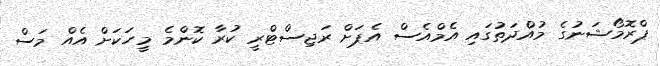
ޕްރޮމޯޝަނުގެ މުއްދަތުގައި އެމްއެސް އެޕަށް ރަޖިސްޓްރީ ކުރާ ކޮންމެ މީހަކަށް އެއް މަސް